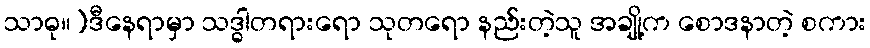
သာဓု။)ဒီနေရာမှာ သဒ္ဓါတရားရော သုတရော နည်းတဲ့သူ အချို့က စောဒနာတဲ့ စကား